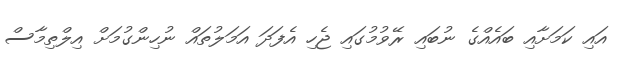
އައި ކަމަށާއި ބައެއްގެ ނުބައި ރޭވުމުގައި ޖެހި އެފަދަ އަމަލުތައް ނުހިންގުމަށް އިލްތިމާސް